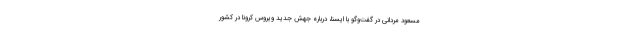
مسعود مردانی در گفت‌وگو با ایسنا، درباره جهش جدید ویروس کرونا در کشور